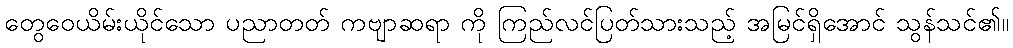
တွေဝေယိမ်းယိုင်သော ပညာတတ် ကဗျာဆရာ ကို ကြည်လင်ပြတ်သားသည့် အမြင်ရှိအောင် သွန်သင်၏။